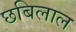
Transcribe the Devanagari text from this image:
छबिलाल